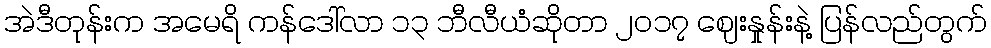
အဲဒီတုန်းက အမေရိ ကန်ဒေါ်လာ ၁၃ ဘီလီယံဆိုတာ ၂၀၁၇ ဈေးနှုန်းနဲ့ ပြန်လည်တွက်